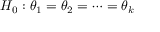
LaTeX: H _ { 0 } : \theta _ { 1 } = \theta _ { 2 } = \cdots = \theta _ { k }